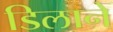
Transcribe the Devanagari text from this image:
डिलाने